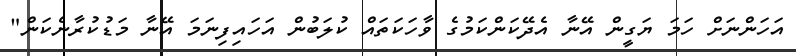
އަހަންނަށް ހަމަ ޔަގީން އޭނާ އެދޭކަންކަމުގެ ވާހަކަތައް ކުލަބުން އަހައިފިނަމަ އޭނާ މަޑުކުރާނެކަން"